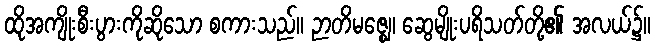
ထိုအကျိုးစီးပွားကိုဆိုသော စကားသည်။ ဉာတိမဇ္ဈေ၊ ဆွေမျိုးပရိသတ်တို့၏ အလယ်၌။